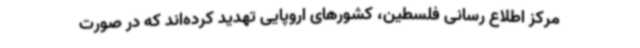
مرکز اطلاع رسانی فلسطین، کشورهای اروپایی تهدید کرده‌اند که در صورت